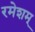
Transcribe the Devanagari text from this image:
रमेशम्